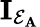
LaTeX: \mathbf{I}_{\mathcal{E}_{\mathbf{A}}}